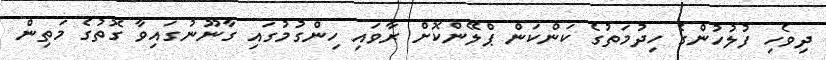
ދިވެހި ފުލުހުންގެ ހިދުމަތުގެ ކަންކަން ޕްލޭންކޮށް ރާވައި ހިންގުމުގައި ގާނޫނުގައިވާ ގޮތުގެ މަތިން